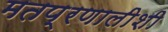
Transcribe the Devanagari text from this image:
मतप्रणालीशी